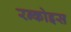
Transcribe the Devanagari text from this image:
रन्कोइस